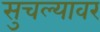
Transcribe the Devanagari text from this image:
सुचल्यावर